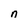
Character: n